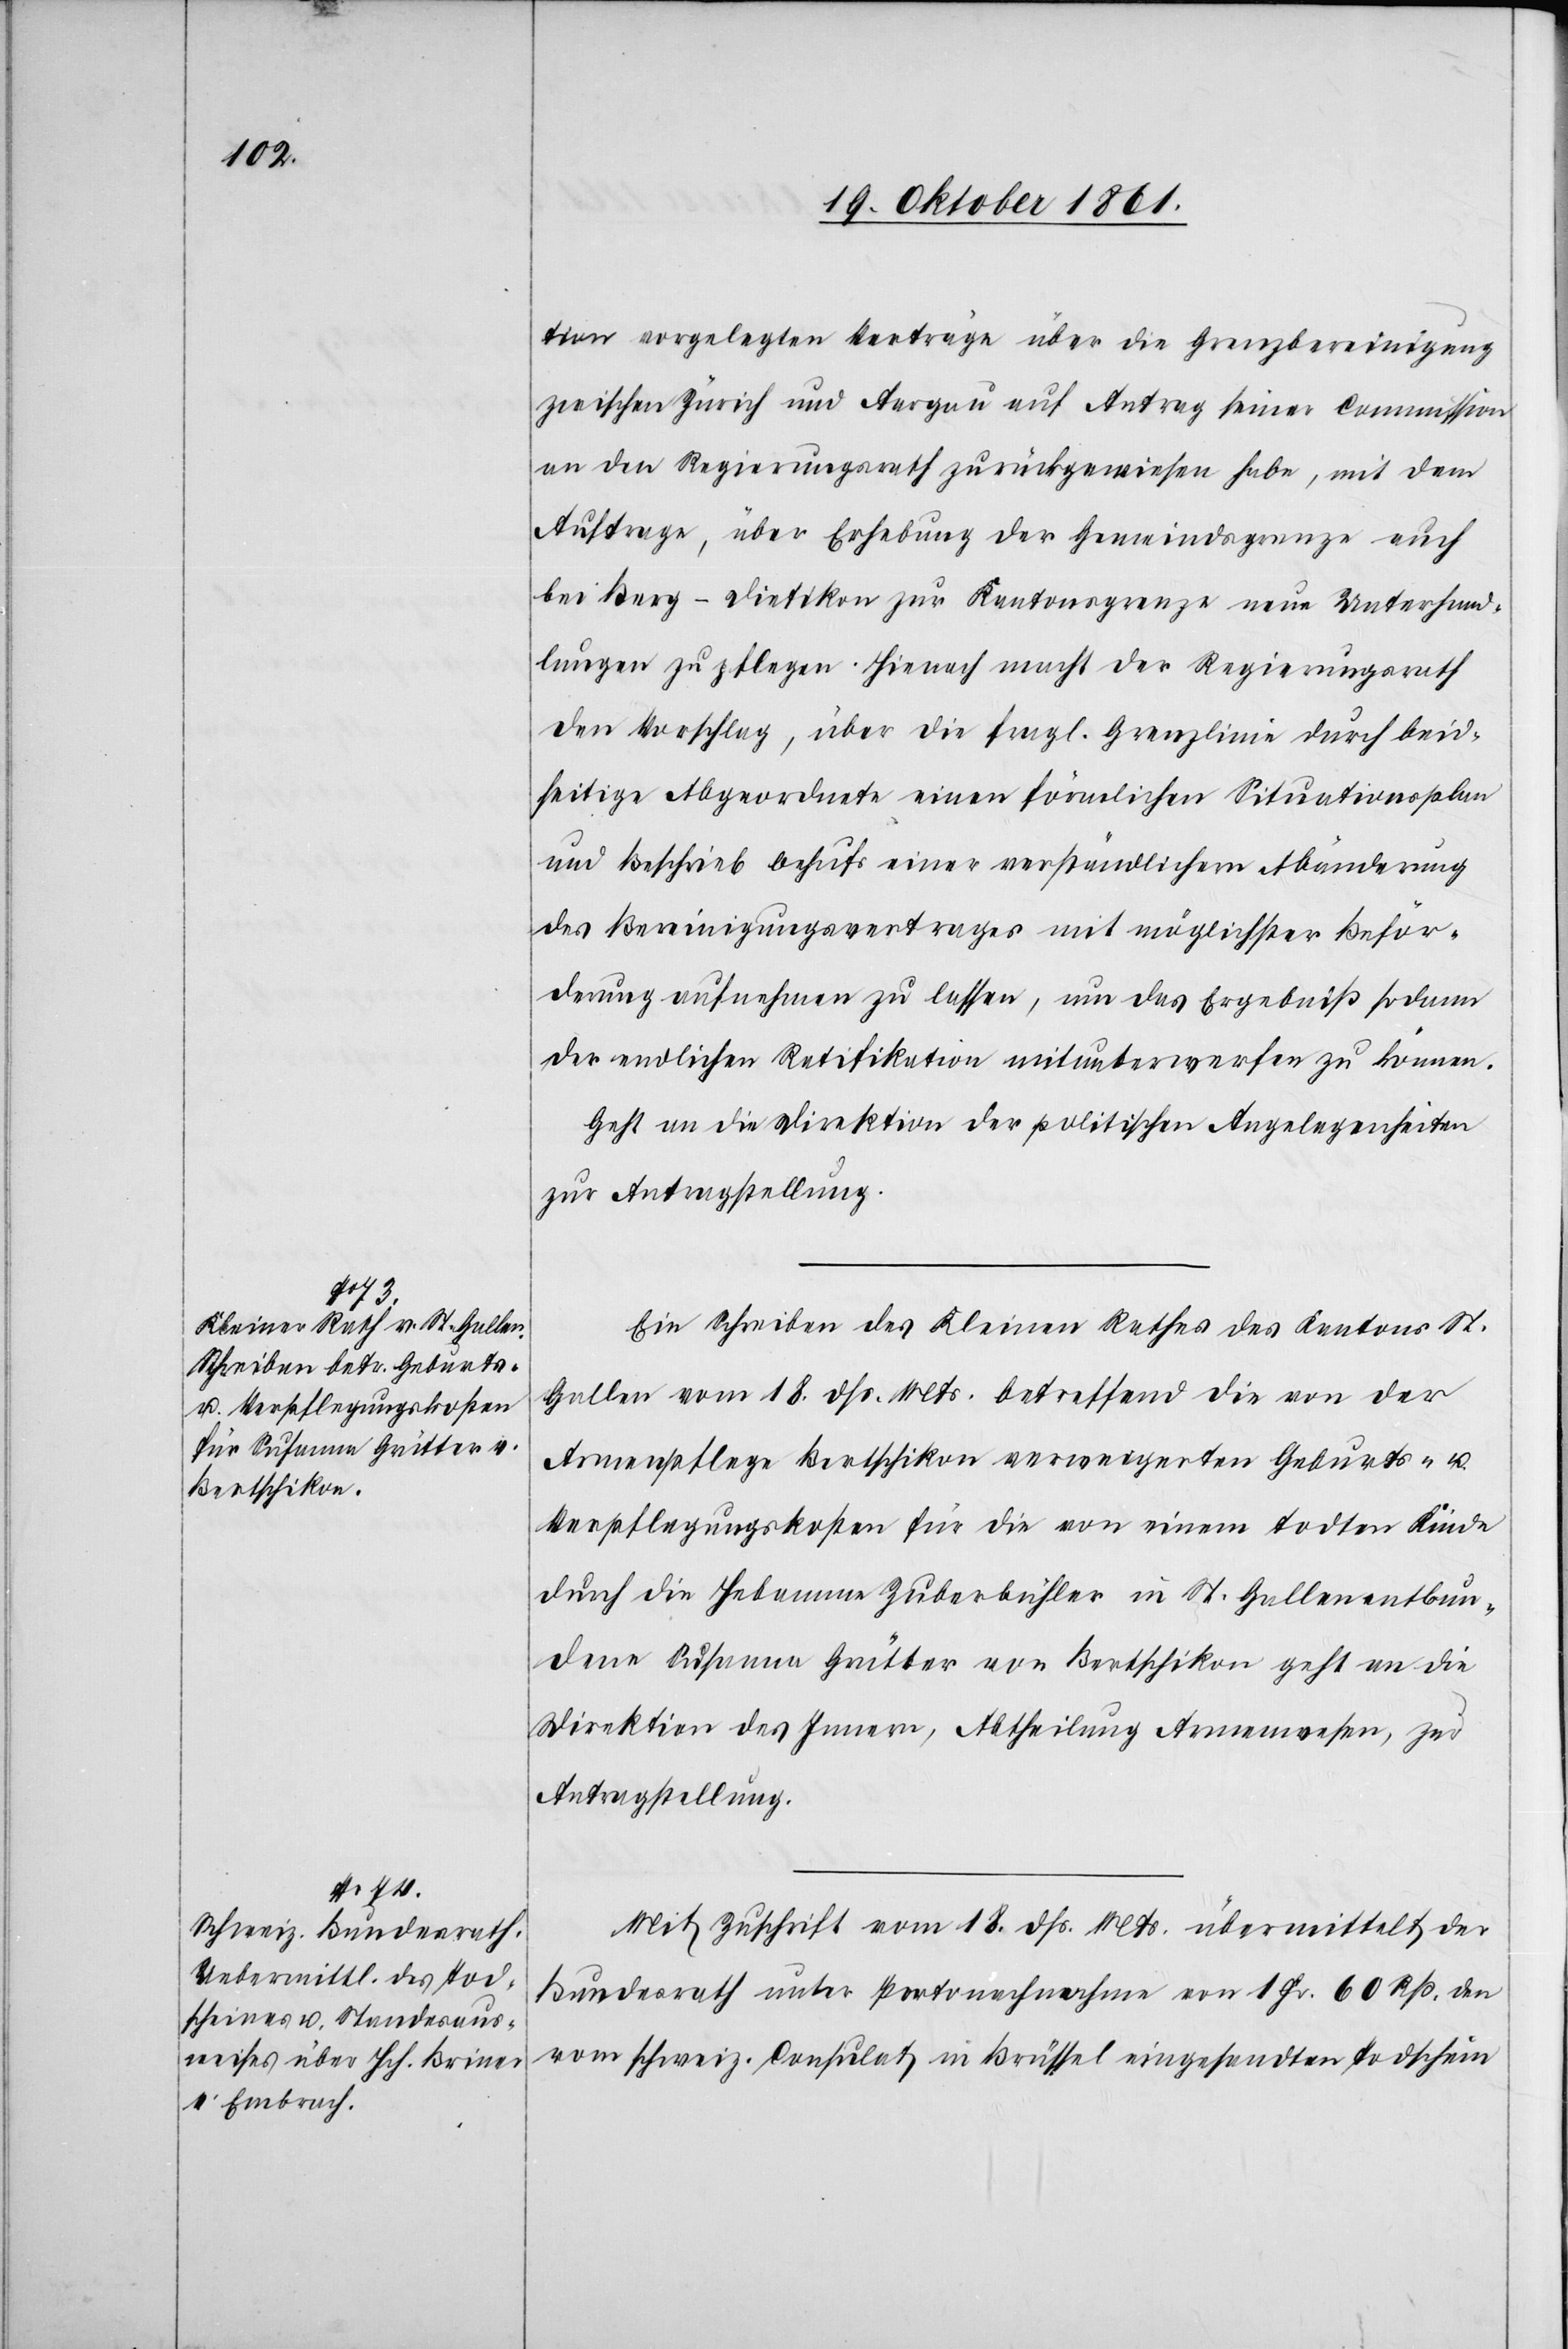
21 Oktober 1861.]
tion vorgelegten Verträge über die Grenzgenehmigung
zwischen Zürich und Aargau auf Antrag seiner Commission
an den Regierungsrath zurückgewiesen habe, mit dem
Auftrage, über Erhebung der Gemeindegrenze auch
bei Berg-Dietikon zur Kantonsgrenze neue Unterhand¬
lungen zu pflegen. Hienach macht der Regierungsrath
den Vorschlag, über die fragl. Grenzlinie durch beid¬
seitige Abgeordnete einen förmlichen Situationsplan
und Beschrieb behufs einer verständlichern Abänderung
des Bereinigungsvertrages mit möglichster Beför¬
derung aufnehmen zu lassen, um das Ergebniß sodann
der endlichen Ratifikation mitunterwerfen zu können.
Geht an die Direktion der politischen Angelegenheiten
zur Antragstellung.
Ein Schreiben des Kleinen Rathes des Kantons St.
Gallen vom 18 dß. Mts. betreffend die von der
Armenpflege Bertschikon verweigerten Geburts- u.
Verpflegungskosten für die von einem todten Kinde
durch die Hebamme Zuberbühler in St. Gallen entbun¬
dene Susanna Grütter von Bertschikon geht an die
Direktion des Innern, Abtheilung Armenwesen, zur
Antragstellung.
Mit Zuschrift vom 18 dß. Mts. übermittelt der
Bundesrath unter Portonachnahme von 1 Fr. 60 Rp. den
vom schweiz. Consulat in Brüssel eingesandten Todschein